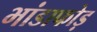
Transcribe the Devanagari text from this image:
भांडाफोड़